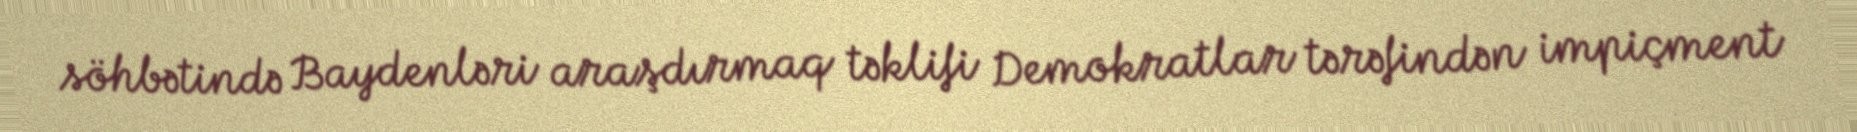
söhbətində Baydenləri araşdırmaq təklifi Demokratlar tərəfindən impiçment